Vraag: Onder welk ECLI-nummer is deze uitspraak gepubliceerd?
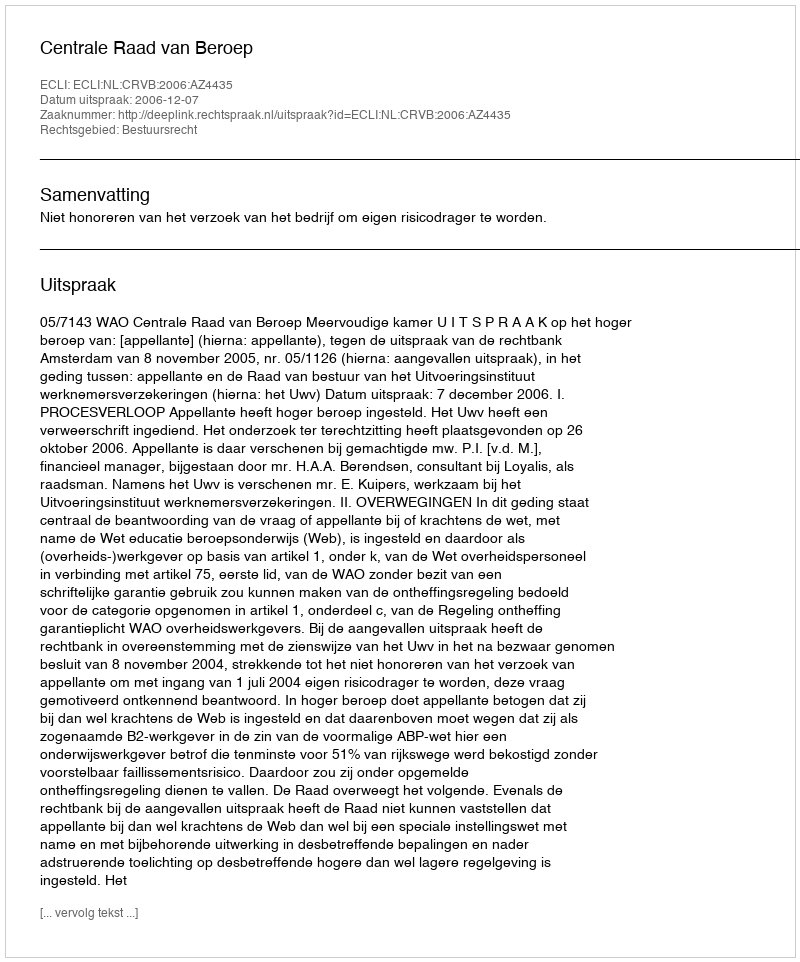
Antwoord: ECLI:NL:CRVB:2006:AZ4435